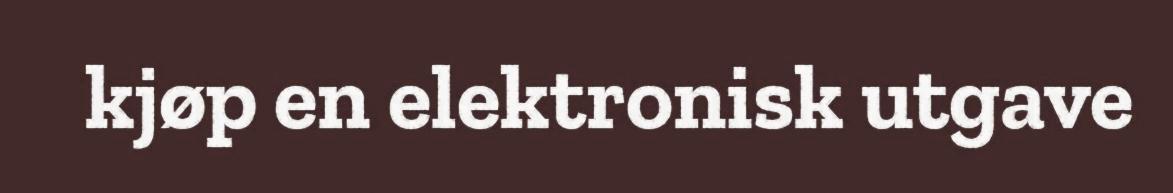
kjøp en elektronisk utgave